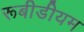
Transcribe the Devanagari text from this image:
रूबीडीयम